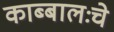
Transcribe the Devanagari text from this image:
काब्बालःचे